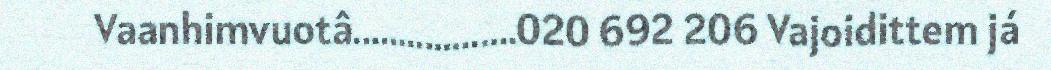
Vaanhimvuotâ..................020 692 206 Vajoidittem já